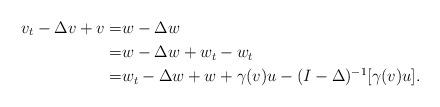
LaTeX: \begin{align*}v_t-\Delta v+v=&w-\Delta w\\=&w-\Delta w+w_t-w_t\\=&w_t-\Delta w+w+\gamma(v)u-(I-\Delta)^{-1}[\gamma(v)u].\end{align*}